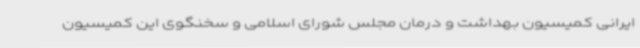
ایرانی کمیسیون بهداشت و درمان مجلس شورای اسلامی و سخنگوی این کمیسیون